Civil Veterinary Department Bihar reports 1936-40 - 1936-1940
Year: 1936
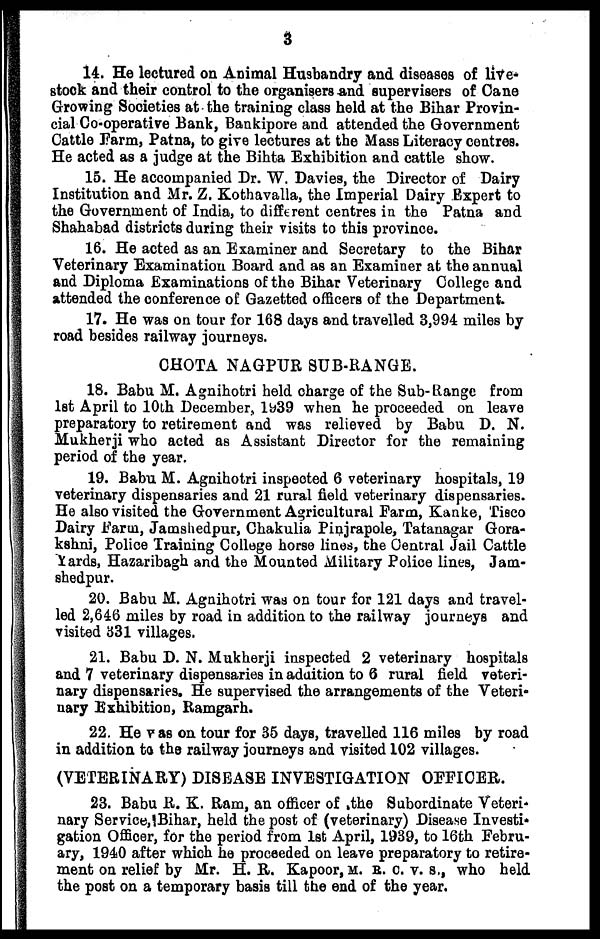
3
14. He lectured on Animal Husbandry and diseases of live-
stock and their control to the organisers And supervisers of Cane
Growing Societies at the training class held at the Bihar Provin-
cial Co-operative Bank, Bankipore and attended the Government
Cattle Farm, Patna, to give lectures at the Mass Literacy centres.
He acted as a judge at the Bihta Exhibition and cattle show.
15. He accompanied Dr. W. Davies, the Director of Dairy
Institution and Mr. Z. Kothavalla, the Imperial Dairy Expert to
the Government of India, to different centres in the Patna and
Shahabad districts during their visits to this province.
16. He acted as an Examiner and Secretary to the Bihar
Veterinary Examination Board and as an Examiner at the annual
and Diploma Examinations of the Bihar Veterinary College and
attended the conference of Gazetted officers of the Department.
17. He was on tour for 168 days and travelled 3,994 miles by
road besides railway journeys.
CHOTA NAGPUR SUB-RANGE.
18. Babu M. Agnihotri held charge of the Sub-Range from
1st April to 10th December, 1939 when he proceeded on leave
preparatory to retirement and was relieved by Babu D. N.
Mukherji who acted as Assistant Director for the remaining
period of the year.
19. Babu M. Agnihotri inspected 6 veterinary hospitals, 19
veterinary dispensaries and 21 rural field veterinary dispensaries.
He also visited the Government Agricultural Farm, Kanke, Tisco
Dairy Farm, Jamshedpur, Chakulia Pinjrapole, Tatanagar Gora-
kshni, Police Training College horse lines, the Central Jail Cattle
yards, Hazaribagh and the Mounted Military Police lines, Jam-shedpur.
20. Babu M. Agnihotri was on tour for 121 days and travel-
led 2,646 miles by road in addition to the railway journeys and
visited 331 villages.
21. Babu D. N. Mukherji inspected 2 veterinary hospitals
and 7 veterinary dispensaries in addition to 6 rural field veteri-
nary dispensaries. He supervised the arrangements of the Veteri-
nary Exhibition, Ramgarh.
22. He was on tour for 35 days, travelled 116 miles by road
in addition to the railway journeys and visited 102 villages.
(VETERINARY) DISEASE INVESTIGATION OFFICER.
23. Babu R. K. Ram, an officer of the Subordinate Veteri-
nary Service,Bihar, held the post of (veterinary) Disease Investi-
gation Officer, for the period from 1st April, 1939, to 16th Febru-
ary, 1940 after which he proceeded on leave preparatory to retire-
ment on relief by Mr. H. R. Kapoor, M. R. C. V. S., who held
the post on a temporary basis till the end of the year.